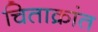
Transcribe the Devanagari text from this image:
चिताक्रांत